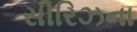
સીરિઝના